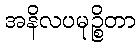
အနိလပမုဉ္စိတာ